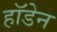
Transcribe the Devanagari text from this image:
हॉडेन